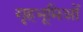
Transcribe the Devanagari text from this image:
गृहभूमिओं